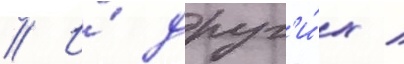
// И́ друг'и́х /